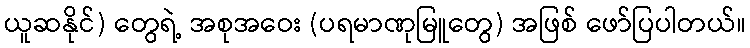
ယူဆနိုင်) တွေရဲ့ အစုအဝေး (ပရမာဏုမြူတွေ) အဖြစ် ဖော်ပြပါတယ်။